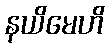
နယိမေဟိ